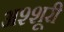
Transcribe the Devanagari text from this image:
अश्शूरी